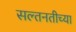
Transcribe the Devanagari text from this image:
सल्तनतीच्या